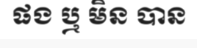
ផង ឬ មិន បាន